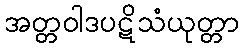
အတ္တဝါဒပဋိသံယုတ္တာ